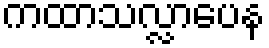
ကထာသလ္လာပေန